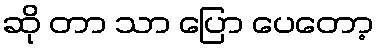
ဆို တာ သာ ပြော ပေတော့